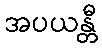
အပယန္တီ